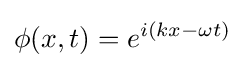
\phi (x,t)=e^{i(kx-\omega t)}